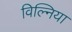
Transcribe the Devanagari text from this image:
विल्निया